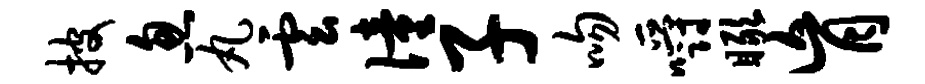
披忽丸云僮子吻嚼瞰肓